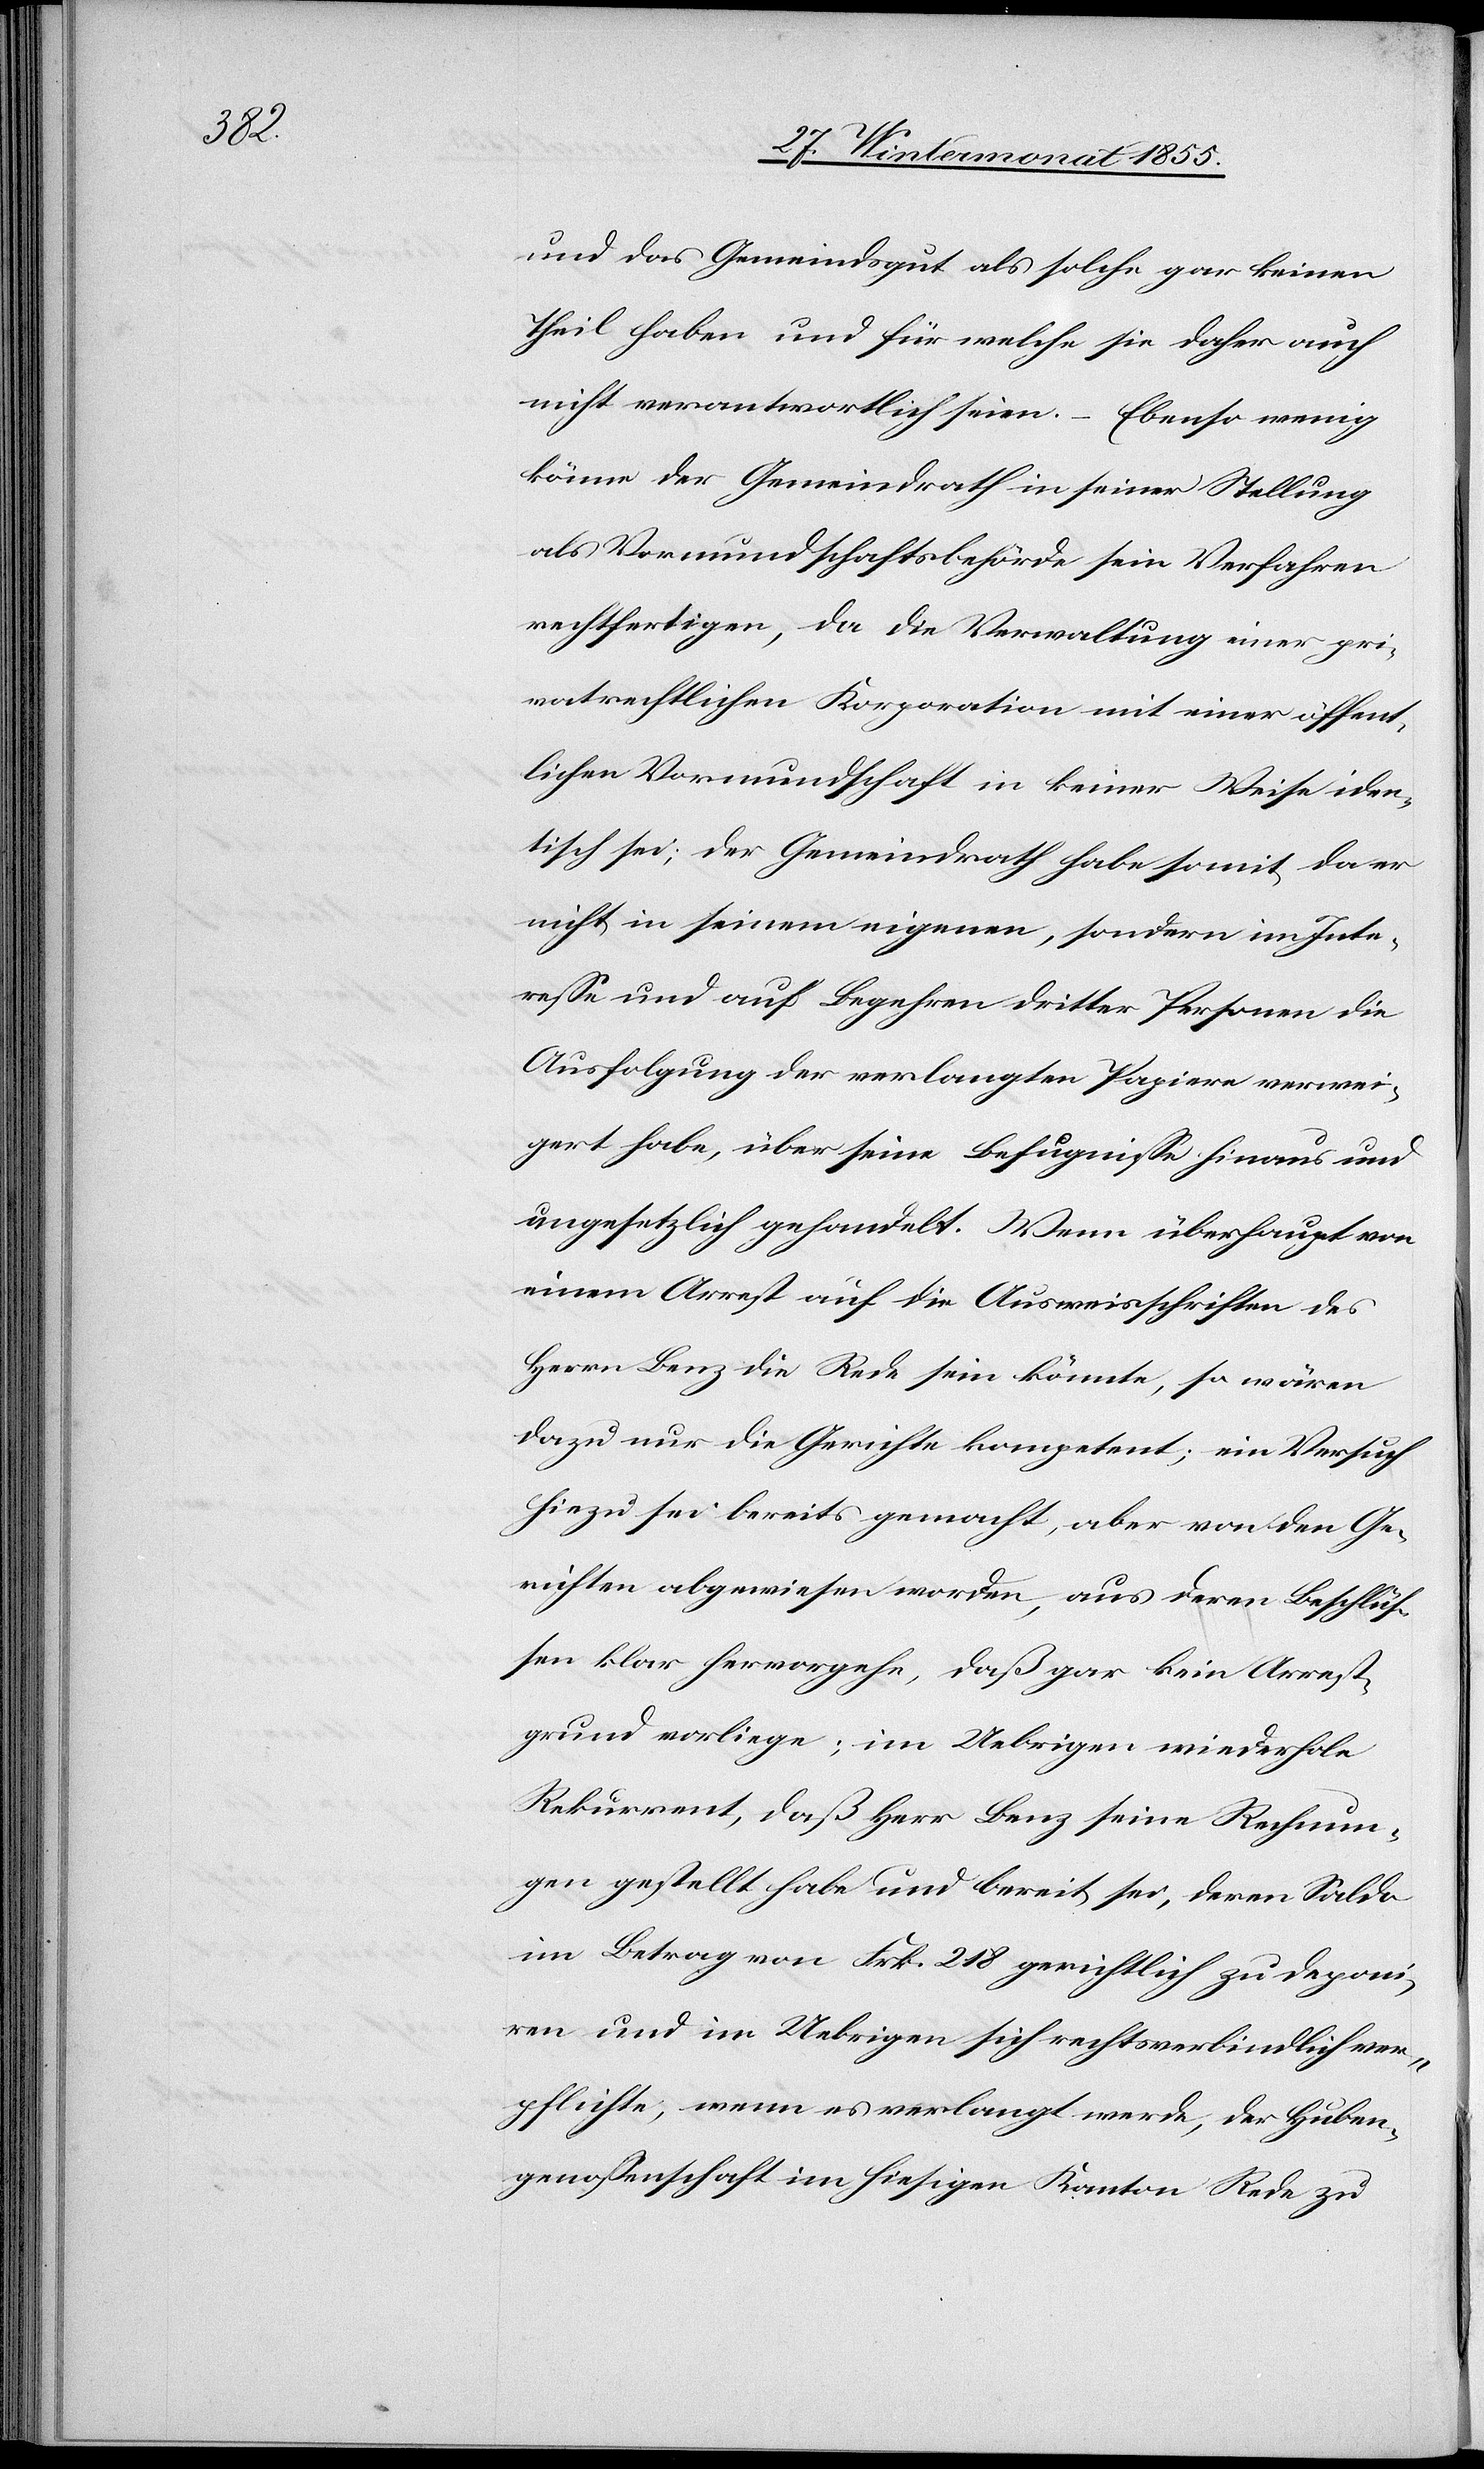
und das Gemeindsgut als solche gar keinen
Theil haben und für welche sie daher auch
nicht verantwortlich seien. – Ebenso wenig
könne der Gemeindrath in seiner Stellung
als Vormundschaftsbehörde sein Verfahren
rechtfertigen, da die Verwaltung einer pri¬
vatrechtlichen Korporation mit einer öffent¬
lichen Vormundschaft in keiner Weise iden¬
tisch sei; der Gemeindrath habe somit, da er
nicht in seinem eigenen, sondern im Inte¬
resse und auf Begehren dritter Personen die
Ausfolgung der verlangten Papiere verwei¬
gert habe, über seine Befugnisse hinaus und
ungesetzlich gehandelt. Wenn überhaupt von
einem Arrest auf die Ausweisschriften des
Herrn Benz die Rede sein könnte, so wären
dazu nur die Gerichte kompetent; ein Versuch
hiezu sei bereits gemacht, aber von den Ge¬
richten abgewiesen worden, aus deren Beschlüs¬
sen klar hervorgehe, daß gar kein Arrest¬
grund vorliege; im Uebrigen wiederhole
Rekurrent, daß Herr Benz seine Rechnun¬
gen gestellt habe und bereit sei, deren Saldo
im Betrag von Frk. 218 gerichtlich zu deponi¬
ren und im Uebrigen sich rechtsverbindlich ver¬
pflichte, wenn es verlangt werde, der Huben¬
genossenschaft im hiesigen Kanton Rede zu